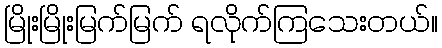
မြိုးမြိုးမြက်မြက် ရလိုက်ကြသေးတယ်။